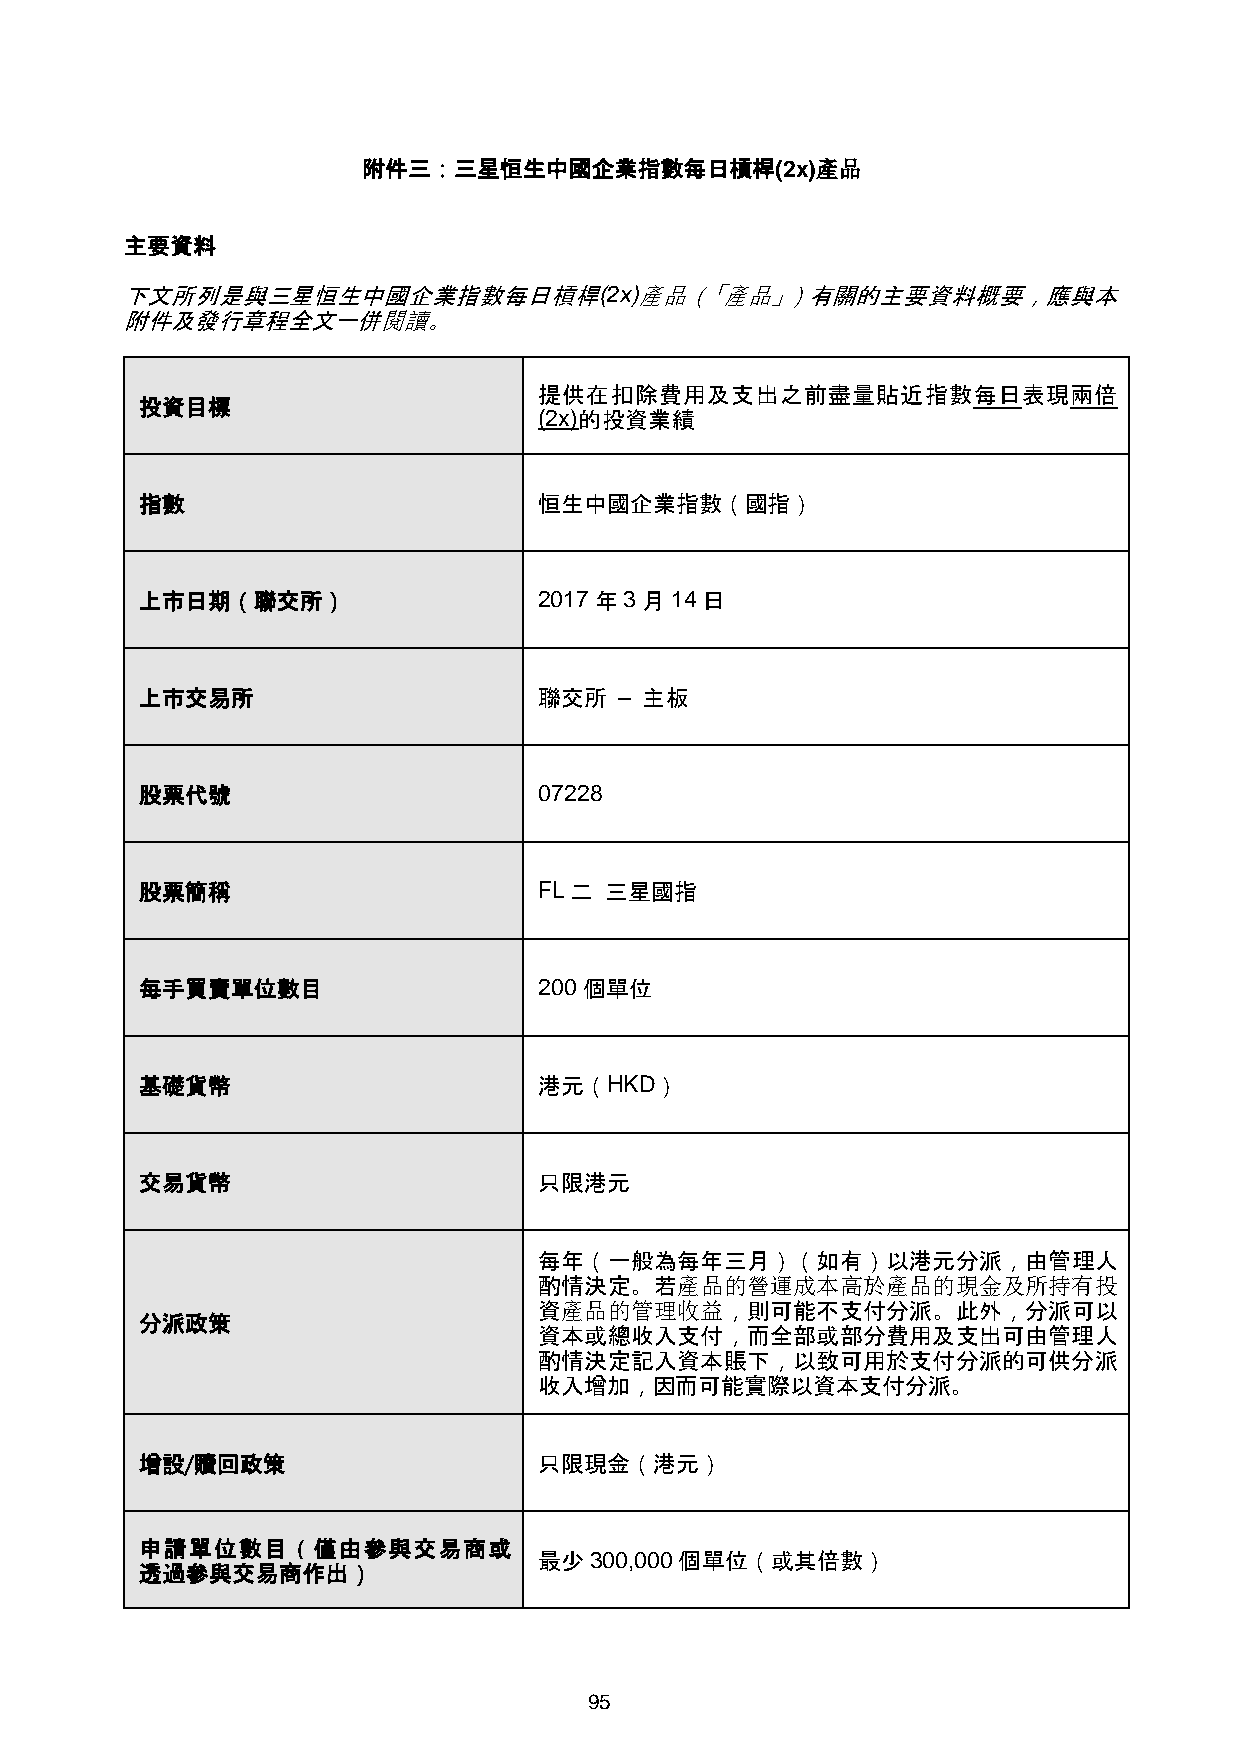
附件三：三星恒生中國企業指數每日槓桿(2x)產品
 主要資料
 下文所列是與三星恒生中國企業指數每日槓桿(2x)產品（「產品」）有關的主要資料概要，應與本
 附件及發行章程全文一併閱讀。
 提供在扣除費用及支出之前盡量貼近指數每日表現兩倍
 投資目標
 (2x)的投資業績
 指數                         恒生中國企業指數（國指）
 上市日期（聯交所）                  2017年3月14日
 上市交易所                      聯交所  – 主板
 股票代號                       07228
 股票簡稱                       FL二 三星國指
 每手買賣單位數目                   200個單位
 基礎貨幣                       港元（HKD）
 交易貨幣                       只限港元
 每年（一般為每年三月）（如有）以港元分派，由管理人
 酌情決定。若產品的營運成本高於產品的現金及所持有投
 資產品的管理收益，則可能不支付分派。此外，分派可以
 分派政策
 資本或總收入支付，而全部或部分費用及支出可由管理人
 酌情決定記入資本賬下，以致可用於支付分派的可供分派
 收入增加，因而可能實際以資本支付分派。
 增設/贖回政策                    只限現金（港元）
 申請單位數目（僅由參與交易商或
 最少300,000個單位（或其倍數）
 透過參與交易商作出）
 95